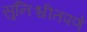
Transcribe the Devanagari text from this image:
सुनिश्चीतपणे